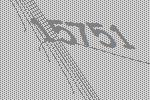
15751